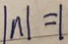
\vert n \vert = 1